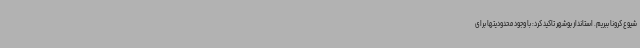
شیوع کرونا ببریم. استاندار بوشهر تاکید کرد: با وجود محدودیتها برای